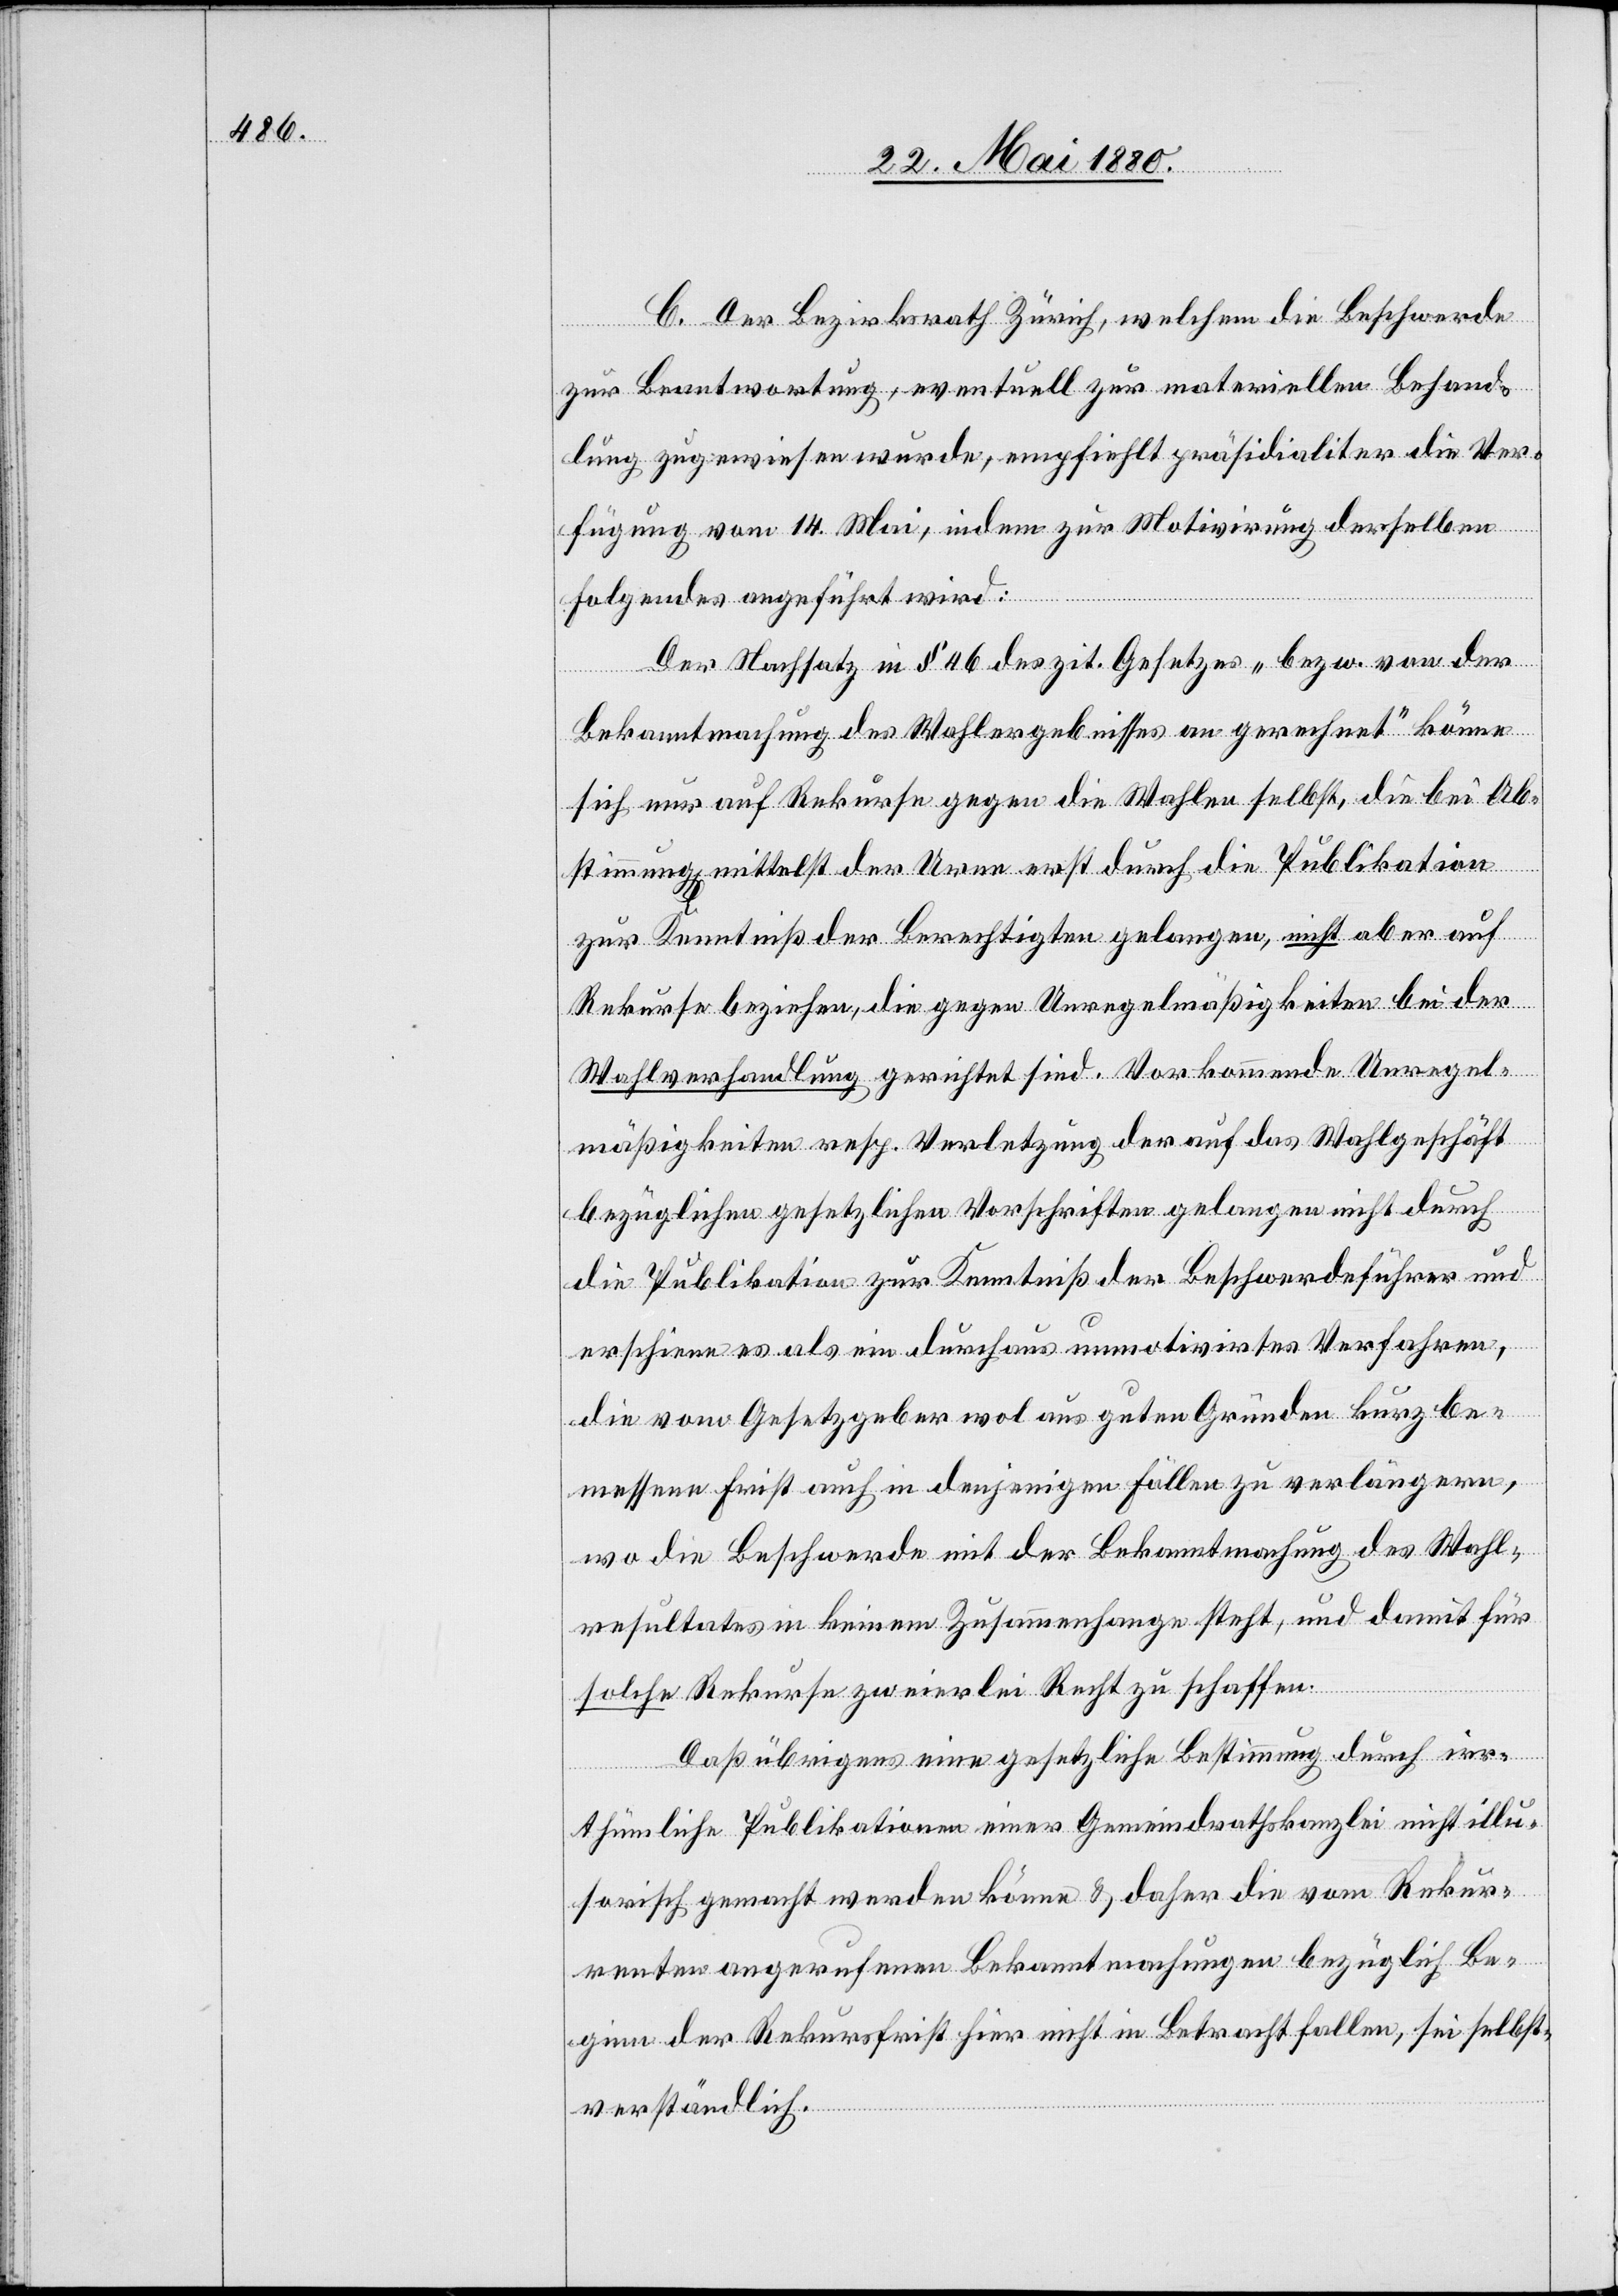
C. Der Bezirksrath Zürich, welchem die Beschwerde
zur Beantwortung, eventuell zur materiellen Behand¬
lung, zugewiesen wurde, empfiehlt präsidialiter die Ver¬
fügung vom 14. Mai, indem zur Motivirung derselben
Folgendes angeführt wird:
Der Nachsatz in § 46 des zit. Gesetzes „bezw. von der
Bekanntmachung des Wahlergebnisses an gerechnet“ könne
sich nur auf Rekurse gegen die Wahlen selbst, die bei Ab¬
stimmung mittelst der Urne erst durch die Publikation
zur Kenntniß der Berechtigten gelangen, nicht aber auf
Rekurse beziehen, die gegen Unregelmäßigkeiten bei der
Wahlverhandlung gerichtet sind. Vorkommende Unregel¬
mäßigkeiten resp. Verletzung der auf das Wahlgeschäft
bezüglichen gesetzlichen Vorschriften gelangen nicht durch
die Publikation zur Kenntniß der Beschwerdeführer und
erschiene es als ein durchaus unmotivirtes Verfahren,
die vom Gesetzgeber wol aus guten Gründen kurz be¬
messene Frist auch in denjenigen Fällen zu verlängern,
wo die Beschwerde mit der Bekanntmachung des Wahl¬
resultates in keinem Zusammenhange steht, und damit für
solche Rekurse zweierlei Recht zu schaffen.
Daß übrigens eine gesetzliche Bestimmung durch irr¬
thümliche Publikationen einer Gemeindrathskanzlei nicht illu¬
sorisch gemacht werden könne & daher die vom Rekur¬
renten angerufenen Bekanntmachungen bezüglich Be¬
ginn der Rekursfrist hier nicht in Betracht fallen, sei selbst¬
verständlich.